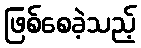
ဖြစ်စေခဲ့သည့်